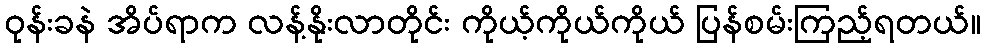
ဝုန်းခနဲ အိပ်ရာက လန့်နိုးလာတိုင်း ကိုယ့်ကိုယ်ကိုယ် ပြန်စမ်းကြည့်ရတယ်။